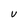
Character: V